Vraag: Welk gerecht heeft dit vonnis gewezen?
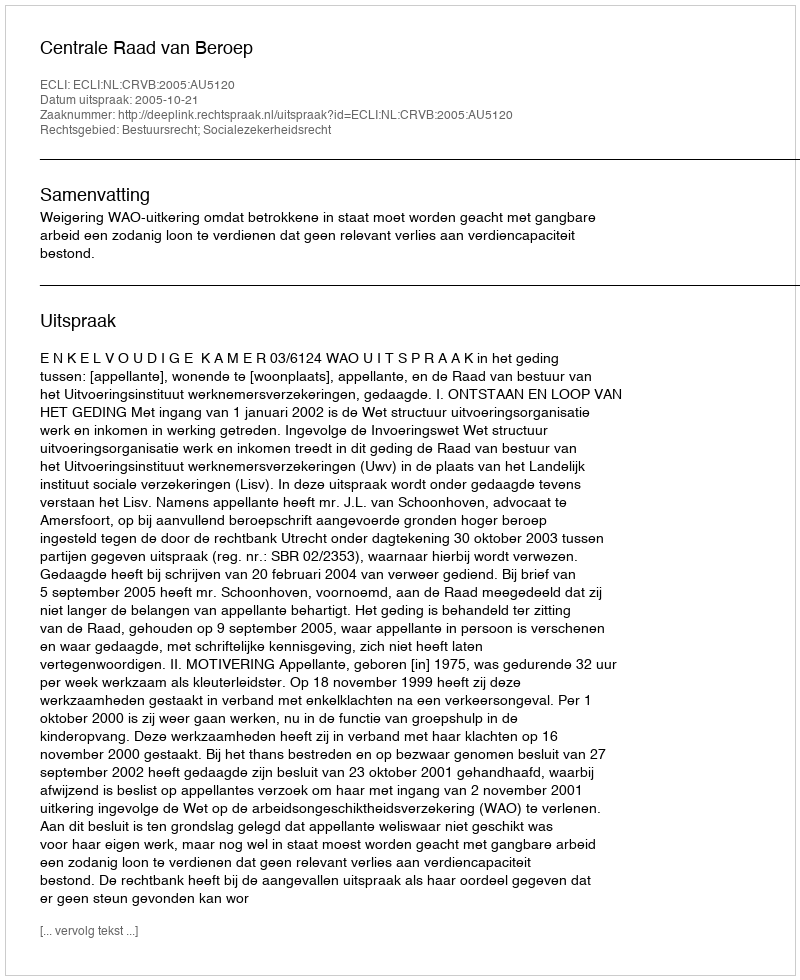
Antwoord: Centrale Raad van Beroep